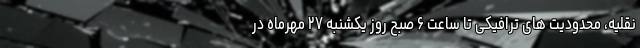
نقلیه، محدودیت های ترافیکی تا ساعت ۶ صبح روز یکشنبه ۲۷ مهرماه در